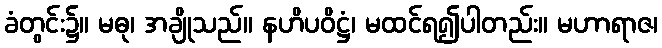
ခံတွင်း၌။ မဓု၊ အချိုသည်။ နဟိပဝိဋ္ဌံ၊ မထင်ရ၍ပါတည်း။ မဟာရာဇ၊